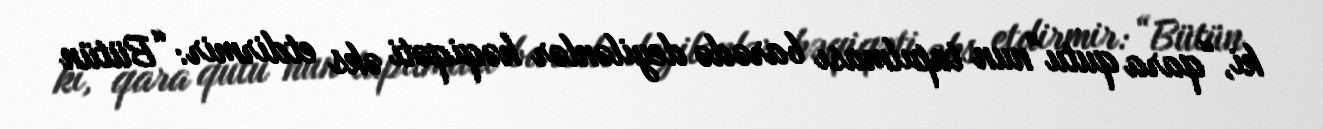
ki, “qara qutu”nun tapılması barədə deyilənlər həqiqəti əks etdirmir: “Bütün